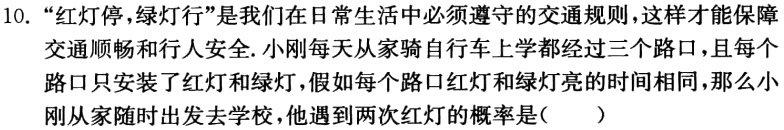
10. “红灯停，绿灯行”是我们在日常生活中必须遵守的交通规则，这样才能保障交通顺畅和行人安全. 小刚每天从家骑自行车上学都经过三个路口，且每个路口只安装了红灯和绿灯，假如每个路口红灯和绿灯亮的时间相同，那么小刚从家随时出发去学校，他遇到两次红灯的概率是(  )